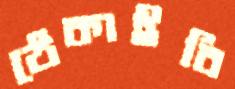
ঠেকাইবি